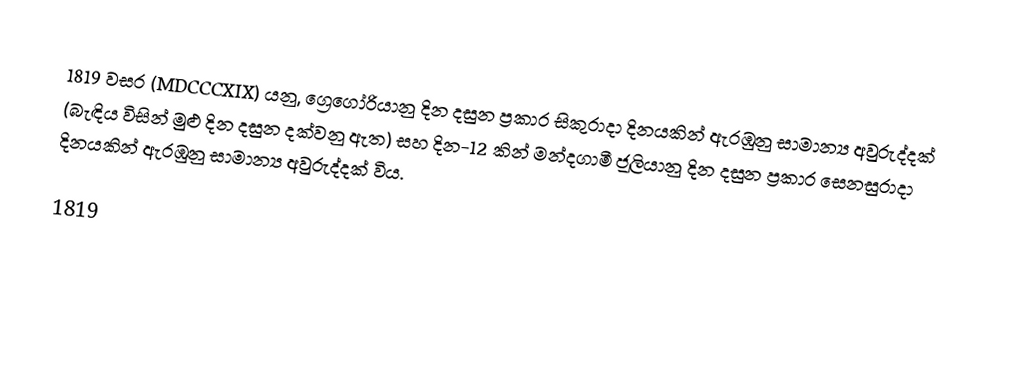
1819 වසර (MDCCCXIX) යනු, ග්‍රෙගෝරියානු දින දසුන ප්‍රකාර සිකුරාදා දිනයකින් ඇරඹුනු සාමාන්‍ය අවුරුද්දක් (බැඳිය විසින් මුළු දින දසුන දක්වනු ඇත) සහ දින-12 කින් මන්දගාමී ජූලියානු දින දසුන ප්‍රකාර සෙනසුරාදා දිනයකින් ඇරඹුනු සාමාන්‍ය අවුරුද්දක් විය.

1819